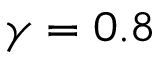
\gamma = 0 . 8